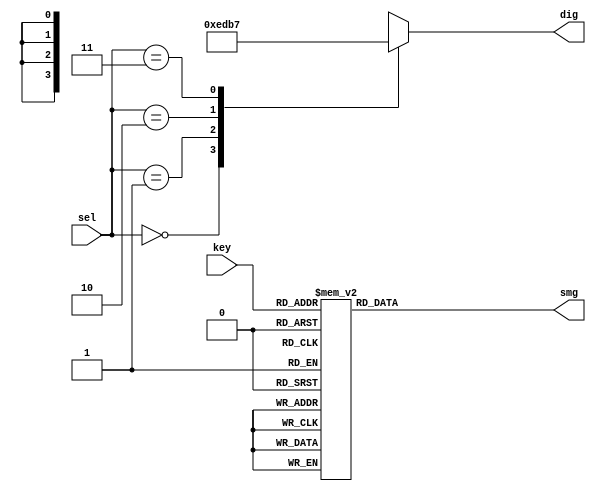
`timescale 1ns / 1ps
//////////////////////////////////////////////////////////////////////////////////
// Company: Myminieye
// 
// Design Name: 
// Module Name: seq_control
// Project Name: 
// Target Devices: 
// Tool Versions: 
// Description: 100khz10ms
// 
// Dependencies: 
// Revision: v1.0
// Revision 0.01 - File Created
// Additional Comments:
// 
//////////////////////////////////////////////////////////////////////////////////
`define UD #1
module seq_control
(
	input [1:0]sel,
	input [3:0]key,
	output reg [3:0]dig,
	output reg [7:0]smg
);
/*===================================================
					
===================================================*/
always @(*)
begin
	case(sel)
		2'd0:dig = 4'b1110;
		2'd1:dig = 4'b1101;
		2'd2:dig = 4'b1011;
		2'd3:dig = 4'b0111;
		default:dig = 4'b1111;
	endcase
end
//===========================================
//IO_LOC "smg[0]" 8   -> G;
//IO_LOC "smg[1]" 139 -> F;
//IO_LOC "smg[2]" 12  -> E;
//IO_LOC "smg[3]" 11  -> D;
//IO_LOC "smg[4]" 9   -> C;
//IO_LOC "smg[5]" 142 -> B;
//IO_LOC "smg[6]" 138 -> A;
//IO_LOC "smg[7]" 10  -> P;
//===========================================
// 0 1 2 3 4 5 6 7  
// G F E D C B A P
//0
//===========================================
always @(*)
begin
	case(key)
		4'd0:smg = 8'b0111_1110;//"0"  8'b1000_0001
		4'd1:smg = 8'b0011_0000;//"1"  8'b1100_1111
		4'd2:smg = 8'b0110_1101;//"2"  8'b1001_0010
		4'd3:smg = 8'b0111_1001;//"3"  8'b1000_0110
		4'd4:smg = 8'b0011_0011;//"4"  8'b1100_1100
		4'd5:smg = 8'b0101_1011;//"5"  8'b1010_0100
		4'd6:smg = 8'b0101_1111;//"6"  8'b1010_0000
		4'd7:smg = 8'b0111_0000;//"7"  8'b1000_1111
		4'd8:smg = 8'b0111_1111;//"8"  8'b1000_0000
		4'd9:smg = 8'b0111_1011;//"9"  8'b1000_0100
		default:smg = 8'b1111_1111;		
	endcase
end 



endmodule